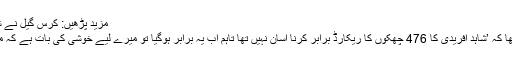
مزید پڑھیں: کرس گیل نے شاہد آفریدی کا چھکوں کا ریکارڈ برابر کردیا
سماجی رابطے کی ویب سائٹ پر گیل نے لکھا کہ ’شاہد آفریدی کا 476 چھکوں کا ریکارڈ برابر کرنا آسان نہیں تھا تاہم اب یہ برابر ہوگیا تو میرے لیے خوشی کی بات ہے کہ میں پہلا ریکارڈ بنانے والے کو جوائن کرسکا۔